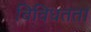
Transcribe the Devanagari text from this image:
विविधतता